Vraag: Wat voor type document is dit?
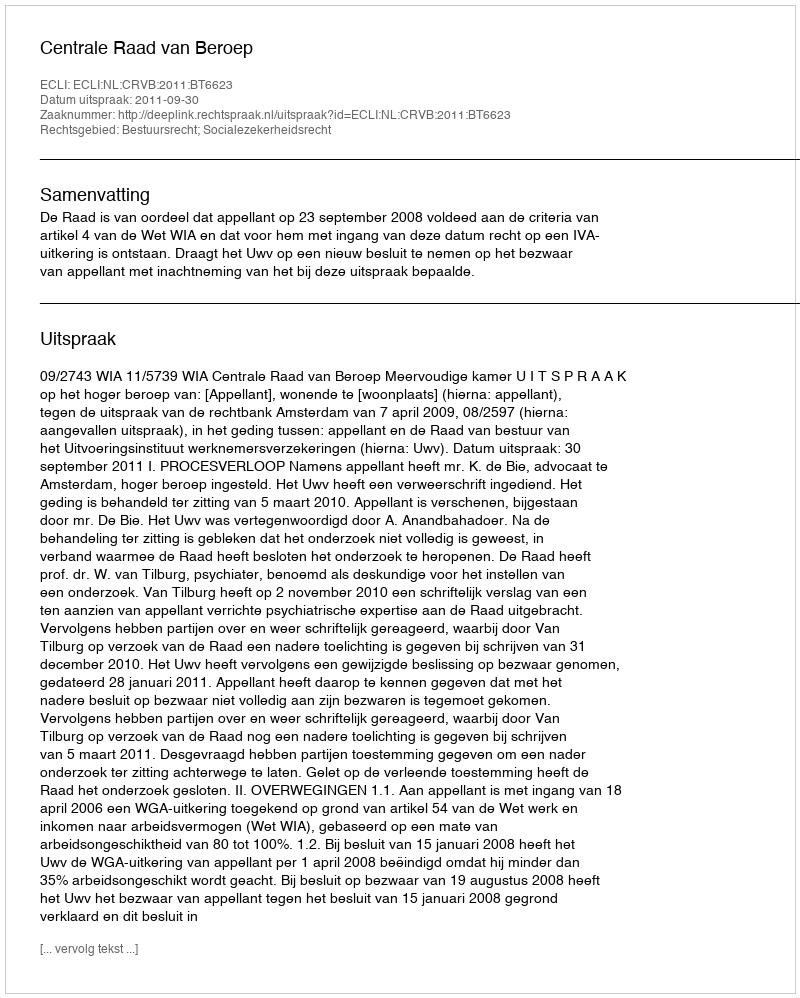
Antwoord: Uitspraak